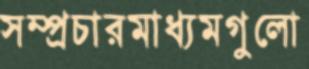
সম্প্রচারমাধ্যমগুলো